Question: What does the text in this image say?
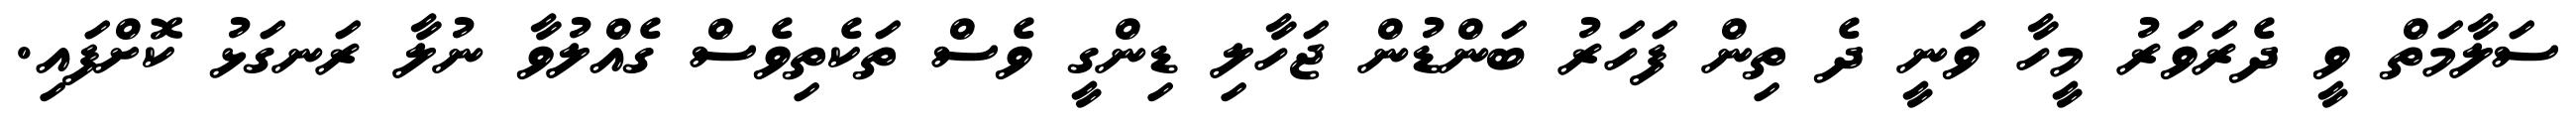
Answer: ސަލާމަތް ވީ ދެރަވަރު މީހާ ވަނީ ދެ ތިން ފަހަރު ބަންޑުން ޖަހާލި ޑިންގީ ވެސް ތަކެތިވެސް ގެއްލުވާ ނުލާ ރަނގަޅު ކޮށްފައި.